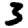
Digit: 3